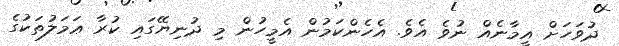
ދުވަހަށް އީމާނެއް ނުވެ އެވެ. އެހެންކަމުން އެމީހުން މި ދުނިޔޭގައި ކުރާ ޢަމަލުތަކުގެ